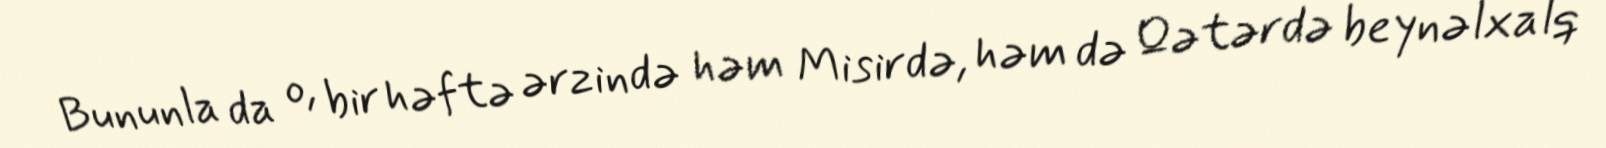
Bununla da o, bir həftə ərzində həm Misirdə, həm də Qətərdə beynəlxalq